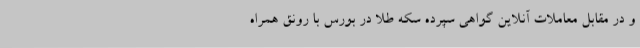
و در مقابل معاملات آنلاین گواهی سپرده سکه طلا در بورس با رونق همراه